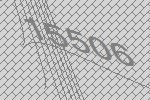
15506